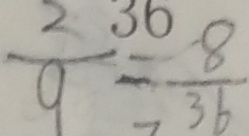
\frac { 2 } { 9 } = \frac { 8 } { 3 6 }